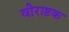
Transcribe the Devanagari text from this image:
वीराष्टक